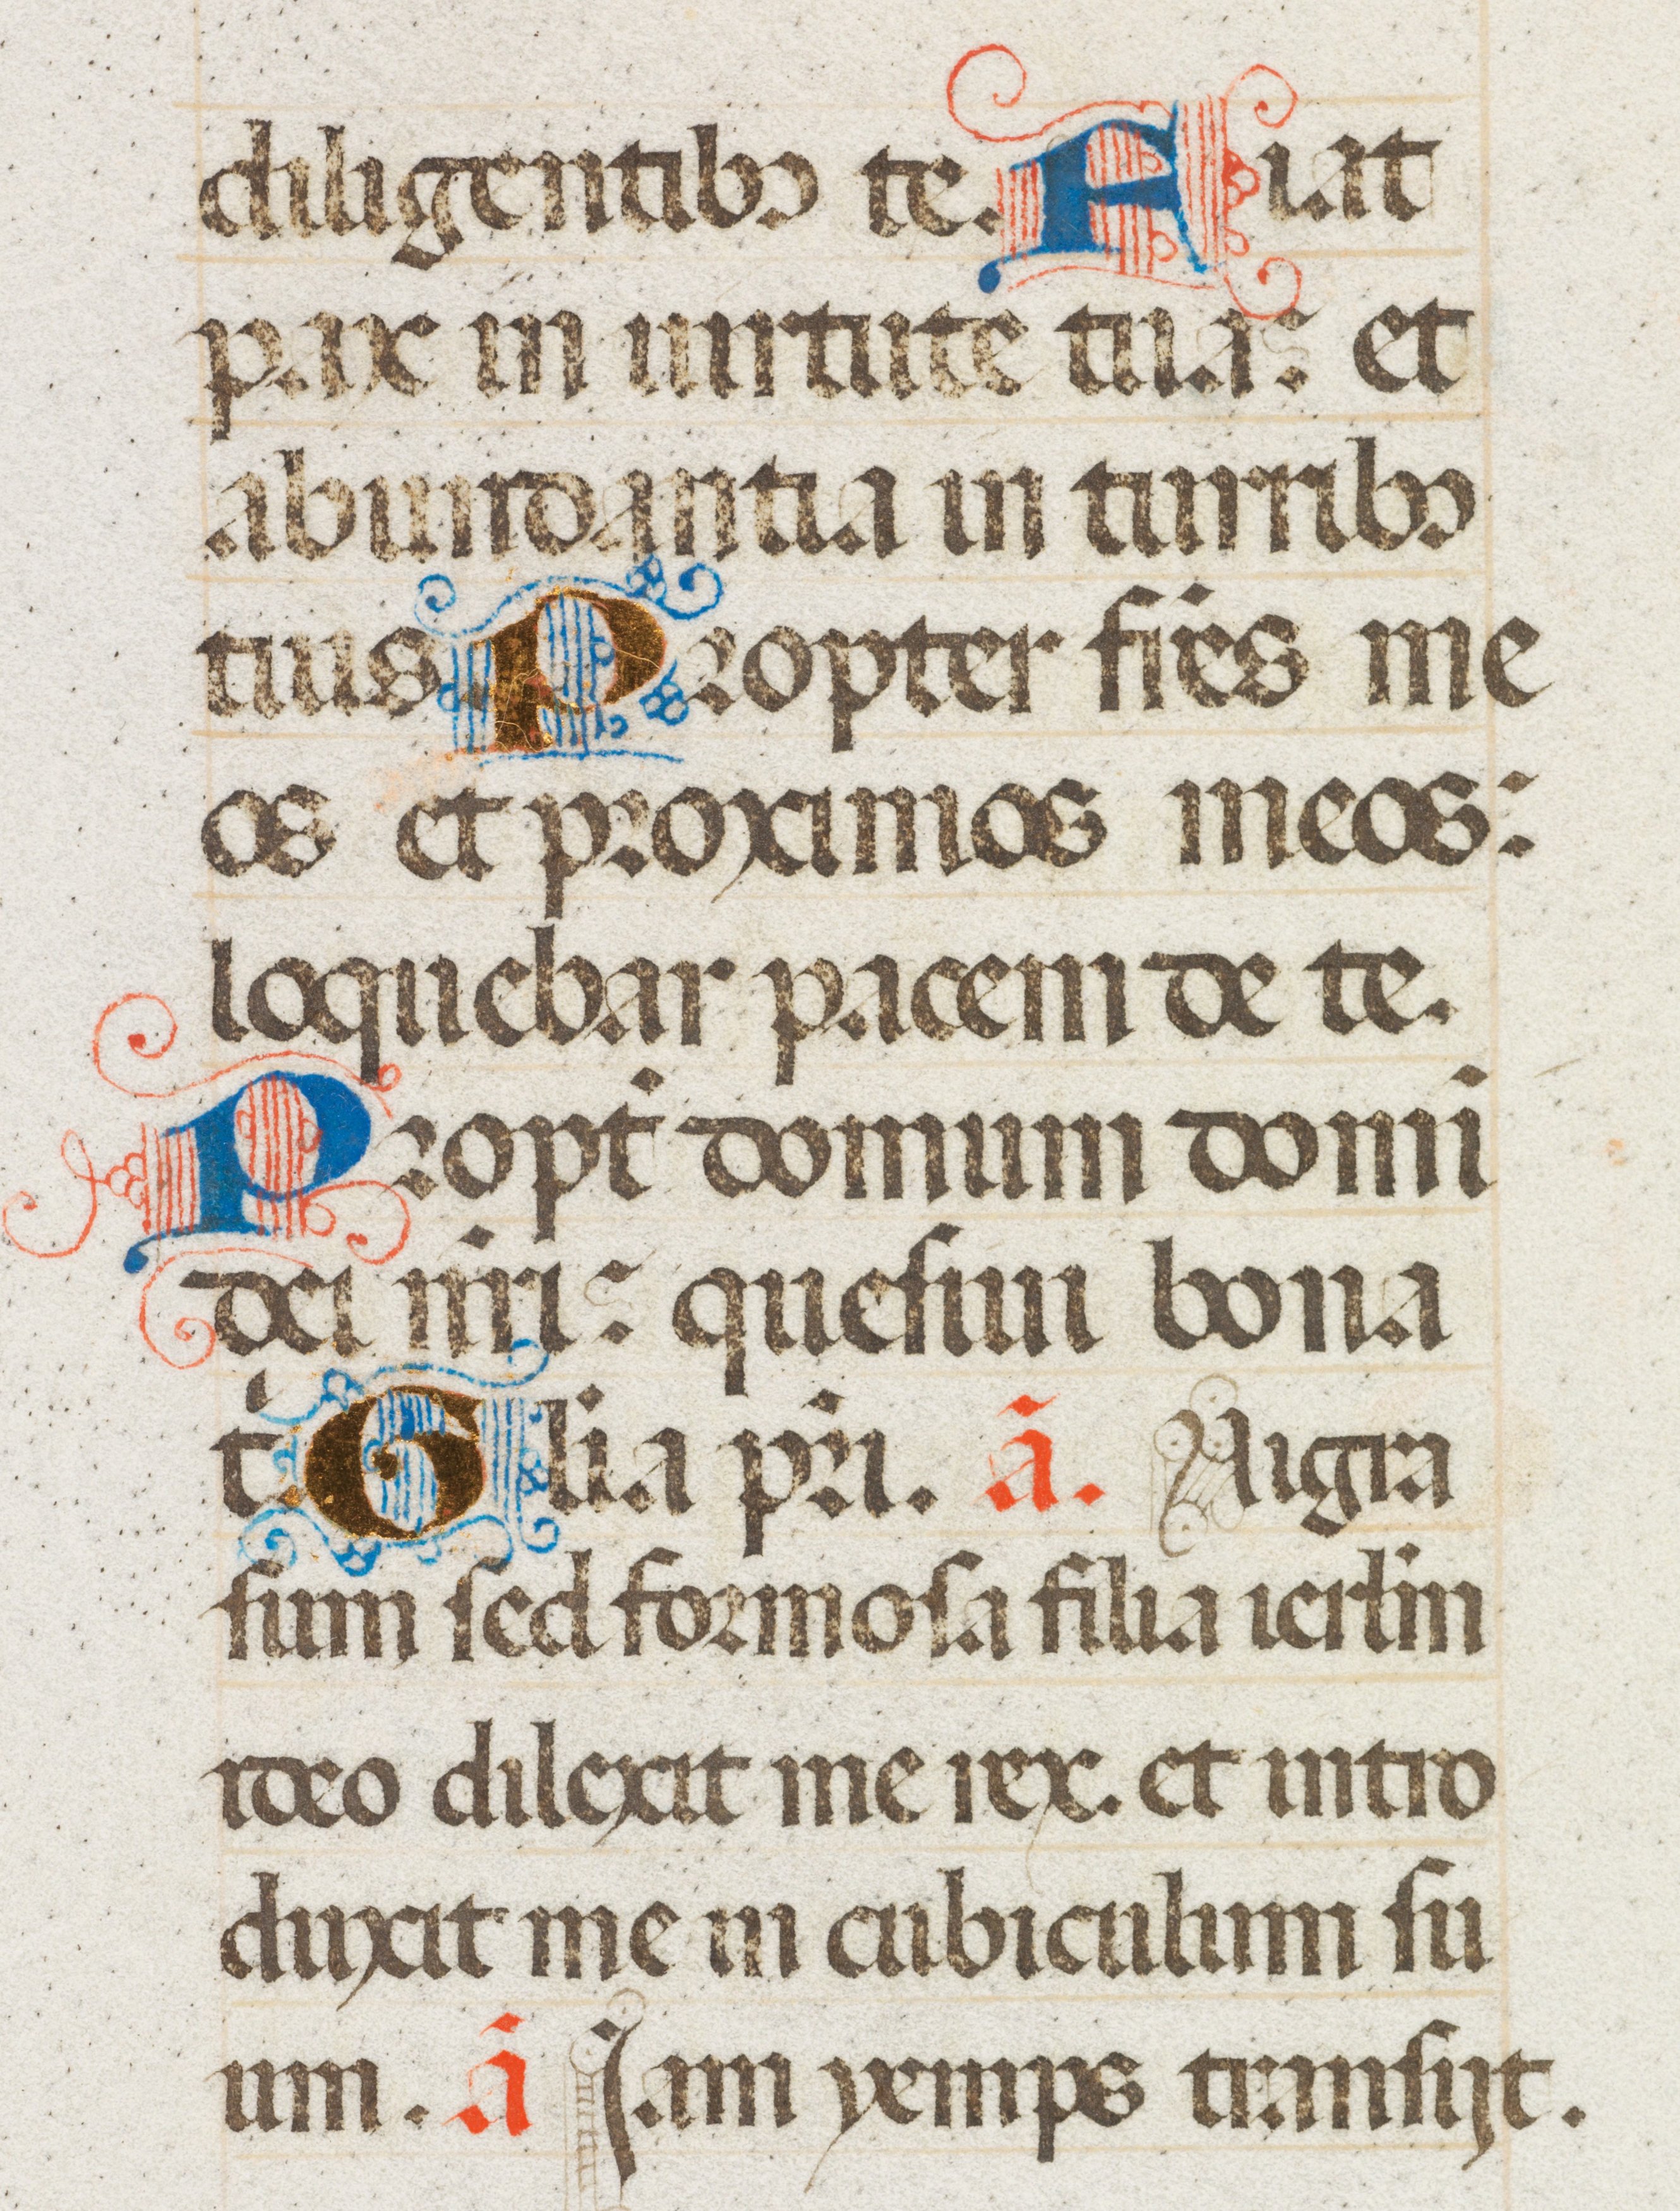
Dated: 1470–1475